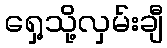
ရှေ့သို့လှမ်းချီ